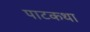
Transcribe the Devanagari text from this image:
पाटकथा